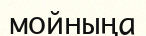
мойныңа